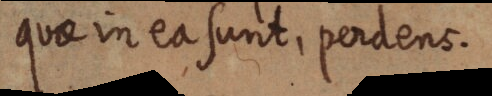
quae in ea sunt, perdens.